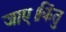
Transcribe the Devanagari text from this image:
जाए।किंतु